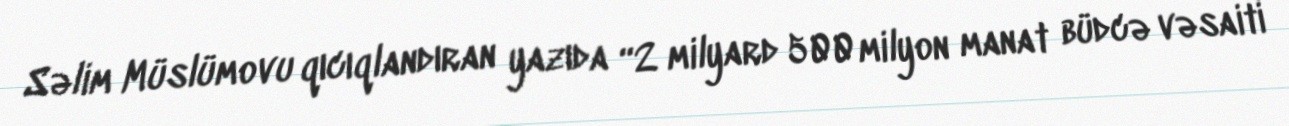
Səlim Müslümovu qıcıqlandıran yazıda “2 milyard 500 milyon manat büdcə vəsaiti